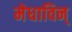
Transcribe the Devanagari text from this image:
मेधाविन्